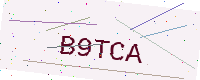
Text: B9TCA